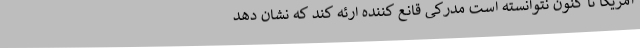
آمریکا تا کنون نتوانسته است مدرکی قانع کننده ارئه کند که نشان دهد